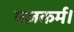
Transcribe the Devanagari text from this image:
यज्ञकर्म।